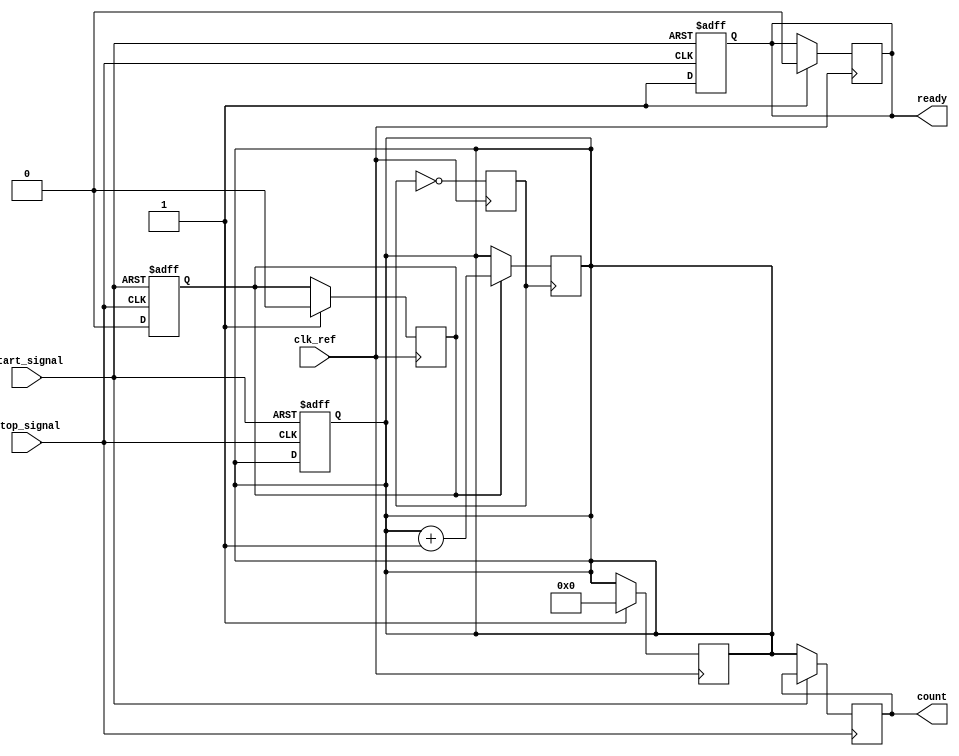
module TDC (
    input wire clk_ref,        // Reference clock input
    input wire start_signal,   // Start signal
    input wire stop_signal,    // Stop signal
    output reg [31:0] count,   // Count output
    output reg ready           // Ready signal
);

    // PLL parameters
    parameter PLL_MULTIPLIER = 8; // Multiplier for PLL
    parameter COUNTER_WIDTH = 32;  // Width of the counter

    // Internal signals
    reg [COUNTER_WIDTH-1:0] counter; // Counter for clock cycles
    reg pll_clk;                     // PLL output clock
    reg measuring;                   // Flag to indicate measuring state

    // PLL simulation (simple multiplier)
    always @(posedge clk_ref) begin
        pll_clk <= ~pll_clk; // Toggle PLL clock for simulation
    end

    // Counter logic
    always @(posedge pll_clk) begin
        if (measuring) begin
            counter <= counter + 1; // Increment counter on PLL clock
        end
    end

    // Start and stop signal processing
    always @(posedge start_signal or posedge stop_signal) begin
        if (start_signal) begin
            counter <= 0;          // Reset counter on start
            measuring <= 1;        // Start measuring
            ready <= 0;            // Not ready until stopped
        end else if (stop_signal) begin
            measuring <= 0;        // Stop measuring
            count <= counter;      // Capture count value
            ready <= 1;            // Indicate measurement is complete
        end
    end

    // Reset logic (optional)
    always @(posedge clk_ref) begin
        if (reset) begin
            counter <= 0;
            ready <= 0;
            measuring <= 0;
        end
    end

endmodule